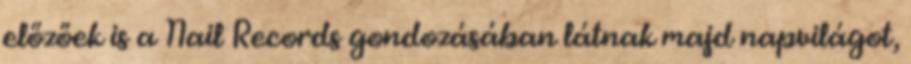
előzőek is a Nail Records gondozásában látnak majd napvilágot,